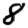
Digit: 8